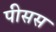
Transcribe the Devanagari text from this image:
पीसस